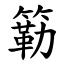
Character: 簕